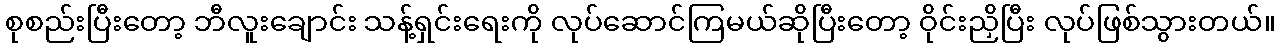
စုစည်းပြီးတော့ ဘီလူးချောင်း သန့်ရှင်းရေးကို လုပ်ဆောင်ကြမယ်ဆိုပြီးတော့ ဝိုင်းညှိပြီး လုပ်ဖြစ်သွားတယ်။